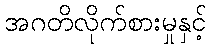
အဂတိလိုက်စားမှုနှင့်